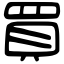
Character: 買